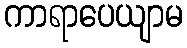
ကာရာပေယျာမ